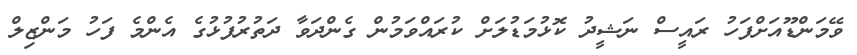
ވޭމަންޑޫއަށްފަހު ރައީސް ނަޝީދު ކޮޅުމަޑުލަށް ކުރައްވަމުން ގެންދަވާ ދަތުރުފުޅުގެ އެންމެ ފަހު މަންޒިލް